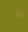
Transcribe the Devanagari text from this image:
पेयं